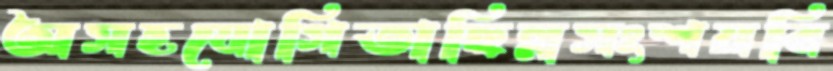
অসহযোগিতাছিন্নসংশয়বি